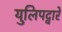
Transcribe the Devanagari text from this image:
युलिपद्वारे